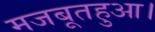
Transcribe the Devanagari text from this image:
मजबूतहुआ।